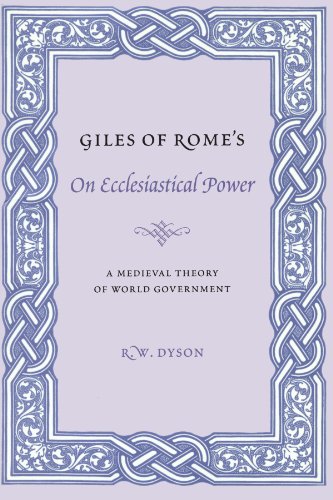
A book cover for Giles of Rome's On Ecclesiastical Power: A Medieval Theory of World Government (Records of Western Civilization Series); Giles of Rome; Christian Books & Bibles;